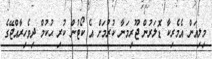
މިލިއަން އެމެރިކާ ޑޮލަރުން ޖޫރިމަނާ ކުރުމަށް އެ ކޯޓުން ކުރި ޙުކުމް ދިވެހިރާއްޖޭގެ